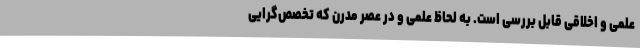
علمی و اخلاقی قابل بررسی است. به لحاظ علمی و در عصر مدرن که تخصص‌گرایی